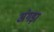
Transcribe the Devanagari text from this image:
अंगड़ा